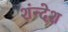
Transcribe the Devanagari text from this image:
शंन्देश